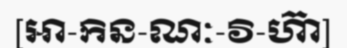
[អា-កិន-ណៈ-វិ-ហ៊ា]